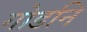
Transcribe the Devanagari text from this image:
गोडनि